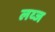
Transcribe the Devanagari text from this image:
लव्ज